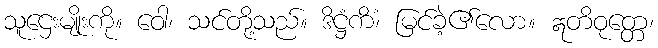
သူဌေးမျိုးကို။ ဝေါ၊ သင်တို့သည်။ ဒိဋ္ဌံကိံ၊ မြင်ခဲ့၏လော။ ဣတိဝုတ္တေ၊